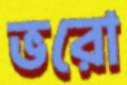
ভরো